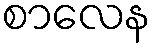
စာလေန